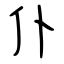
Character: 仆